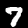
Label: 7